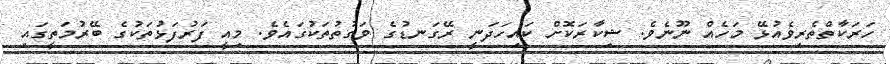
ހަރަކާތްތެރިވެއުޅޭ މަހެއް ނޫނެވެ. ޝިކާރަކޮށް ކައިހަދަނީ ރޭގަނޑުގެ ވަގުތުތަކުގައެވެ. މިއީ ފަރުފަޅުތަކުގެ ބޭރުމަތީގައި